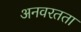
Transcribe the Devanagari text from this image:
अनवरतता